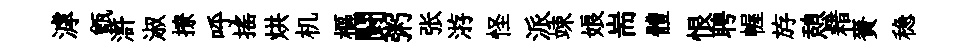
滹甑滸淑撩呼揺烘机樞闘粥张㳺怪派竦娘耑體恨聘幄斿憩耤賚稳